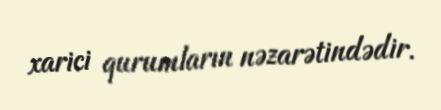
xarici qurumların nəzarətindədir.